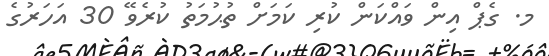
މ. ގެޕް އިން ވައްކަން ކުރި ކަމަށް ތުޙުމަތު ކުރެވޭ 30 އަހަރުގެ